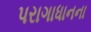
પરાગાધાનના